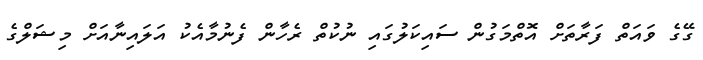
ގޭގެ ވައަތް ފަރާތަށް އޮތްމަގުން ސައިކަލުގައި ނުކުތް ރެހާން ފެނުމާއެކު އަލައިނާއަށް މިޝަލްގެ